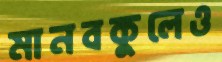
মানবকুলেও